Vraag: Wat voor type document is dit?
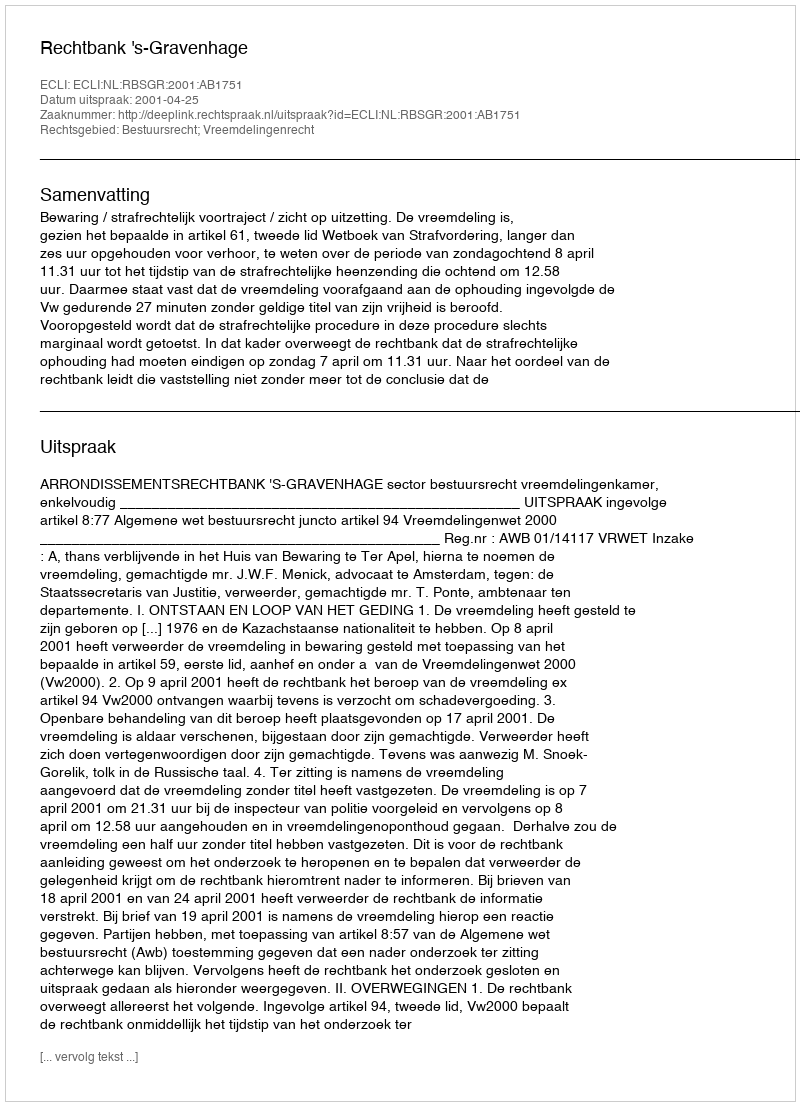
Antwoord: Uitspraak